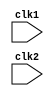
module mips32 (clk1,clk2);
input clk1 , clk2;

reg [31:0] PC , IF_ID_IR, IF_ID_NPC;
reg [31:0] ID_EX_IR , ID_EX_NPC,ID_EX_A, ID_EX_B,ID_EX_IMM;
reg [2:0]  ID_EX_type,EX_MEM_type,MEM_WB_type;
reg [31:0] EX_MEM_IR, EX_MEM_ALUout,EX_MEM_B;
reg        EX_MEM_cond;
reg [31:0] MEM_WB_IR,MEM_WB_ALUout,MEM_WB_LMD;

reg [31:0] Reg [0:31]; // register bank (32*32)
reg [31:0] Mem [0:1023]; // 1024*32 memory
parameter ADD  =6'b000000,
          SUB  =6'b000001,
          AND  =6'b000010,
          OR   =6'b000011,
          SLT  =6'b000100,
          MUL  =6'b000101,
          HLT  =6'b111111,

          LW   =6'b001000,
          SW   =6'b001001,
          ADDI =6'b001010,
          SUBI =6'b001011,
          SLTI =6'b001100,
          BNEQZ=6'b001101,
          BEQZ =6'b001110;


 parameter RR_ALU = 0, RM_ALU=1,LOAD=2,STORE=3,BRANCH=4,HALT=5;

reg HALTED;
reg TAKEN_BRANCH;

always@(posedge clk1)
      if (HALTED ==0)
      begin 
      if (((EX_MEM_IR[31:26] ==BEQZ) && (EX_MEM_cond ==1)) || ((EX_MEM_IR[31:26] == BNEQZ) && (EX_MEM_cond==0)))
      begin 
      IF_ID_IR     <= #2 Mem[EX_MEM_ALUout];
      TAKEN_BRANCH <= #2 1'b1;
      IF_ID_NPC    <= #2 EX_MEM_ALUout +1;
      PC           <= #2 EX_MEM_ALUout +1;
      end 
    else
    begin
    IF_ID_IR  <= #2 Mem[PC];
    IF_ID_NPC <= #2 PC + 1 ;
    PC        <= #2 PC + 1 ;
    end
end

always @(posedge clk2)     // ID stage
     if (HALTED==0)
     begin
          if (IF_ID_IR[25:21]== 5'b00000) ID_EX_A <=0;
          else ID_EX_A  <= #2 Reg[IF_ID_IR[25:21]];   //rs

          if (IF_ID_IR[20:16]==5'b 00000) ID_EX_B <= 0;  // rt 
          else ID_EX_B <= #2 Reg[IF_ID_IR[20:16]];

          ID_EX_NPC <= #2 IF_ID_NPC;
          ID_EX_IR  <= #2 IF_ID_IR;
          ID_EX_IMM <= #2 {{16{IF_ID_IR[15]}},{IF_ID_IR[15:0]}};


case (IF_ID_IR[31:26])
ADD,SUB,AND,OR,SLT,MUL : ID_EX_type <= #2 RR_ALU;
ADDI,SUBI,SLTI :  ID_EX_type <= #2 RM_ALU;
LW :  ID_EX_type <= #2 LOAD ;
SW :  ID_EX_type <= #2 STORE;
BNEQZ,BEQZ :    ID_EX_type <= #2 BRANCH;
HLT  :  ID_EX_type <= #2 HALT;
default :  ID_EX_type <= #2 HALT; // invalid opcode
endcase
end

always@(posedge clk1) // EX stage
  if(HALTED==0)
     begin
         EX_MEM_type <= #2 ID_EX_type;
         EX_MEM_IR <= #2 ID_EX_IR ;
         TAKEN_BRANCH <= #2 0;

     case (ID_EX_type)
       RR_ALU: begin 
                    case (ID_EX_IR[31:26])
                      ADD: EX_MEM_ALUout <=  #2 ID_EX_A + ID_EX_B ;
                      SUB: EX_MEM_ALUout <=  #2 ID_EX_A - ID_EX_B ;
                      AND: EX_MEM_ALUout <=  #2 ID_EX_A & ID_EX_B ;
                      OR: EX_MEM_ALUout <=  #2 ID_EX_A | ID_EX_B ;
                      SLT: EX_MEM_ALUout <=  #2 ID_EX_A < ID_EX_B ;
                      MUL: EX_MEM_ALUout <=  #2 ID_EX_A * ID_EX_B ;
                      default: EX_MEM_ALUout <= #2 32'hxxxxxxxx;
                    endcase
               end
       RM_ALU: begin
                    case(ID_EX_IR[31:26])
                      ADDI: EX_MEM_ALUout <=  #2 ID_EX_A + ID_EX_IMM ;
                      SUBI: EX_MEM_ALUout <=  #2 ID_EX_A - ID_EX_IMM ;
                      SLTI: EX_MEM_ALUout <=  #2 ID_EX_A < ID_EX_IMM ;
                      default: EX_MEM_ALUout <= #2 32'hxxxxxxxx;
                    endcase
               end
       LOAD,STORE:begin
                        EX_MEM_ALUout <=  #2 ID_EX_A + ID_EX_IMM ;
                        EX_MEM_B <= #2 ID_EX_B;
                  end
       BRANCH: begin 
                      EX_MEM_ALUout <= #2 ID_EX_NPC + ID_EX_IMM;
                      EX_MEM_cond <= #2 (ID_EX_A==0);
               end
     endcase
     end

always@ (posedge clk2) // mem stage
if (HALTED == 0)
 begin
    MEM_WB_type <= EX_MEM_type ;
    MEM_WB_IR <= #2 EX_MEM_IR;

  case (EX_MEM_type)
    RR_ALU,RM_ALU: MEM_WB_ALUout <= #2 EX_MEM_ALUout;
    LOAD: MEM_WB_LMD <= #2 Mem[EX_MEM_ALUout];
    STORE: if(TAKEN_BRANCH == 0) 
              Mem[EX_MEM_ALUout] <= #2 EX_MEM_B;
  endcase
 end

 always@(posedge clk1) // wb stage
   begin
     if (TAKEN_BRANCH == 0)
       case (MEM_WB_type)
                   RR_ALU: Reg[MEM_WB_IR[15:11]] <= #2 MEM_WB_ALUout;
                   RM_ALU: Reg[MEM_WB_IR[20:16]] <= #2 MEM_WB_ALUout;
                   LOAD: Reg[MEM_WB_IR[15:11]] <= #2 MEM_WB_LMD;
                   HALT: HALTED <= #2 1'b1;
       endcase
    end

endmodule